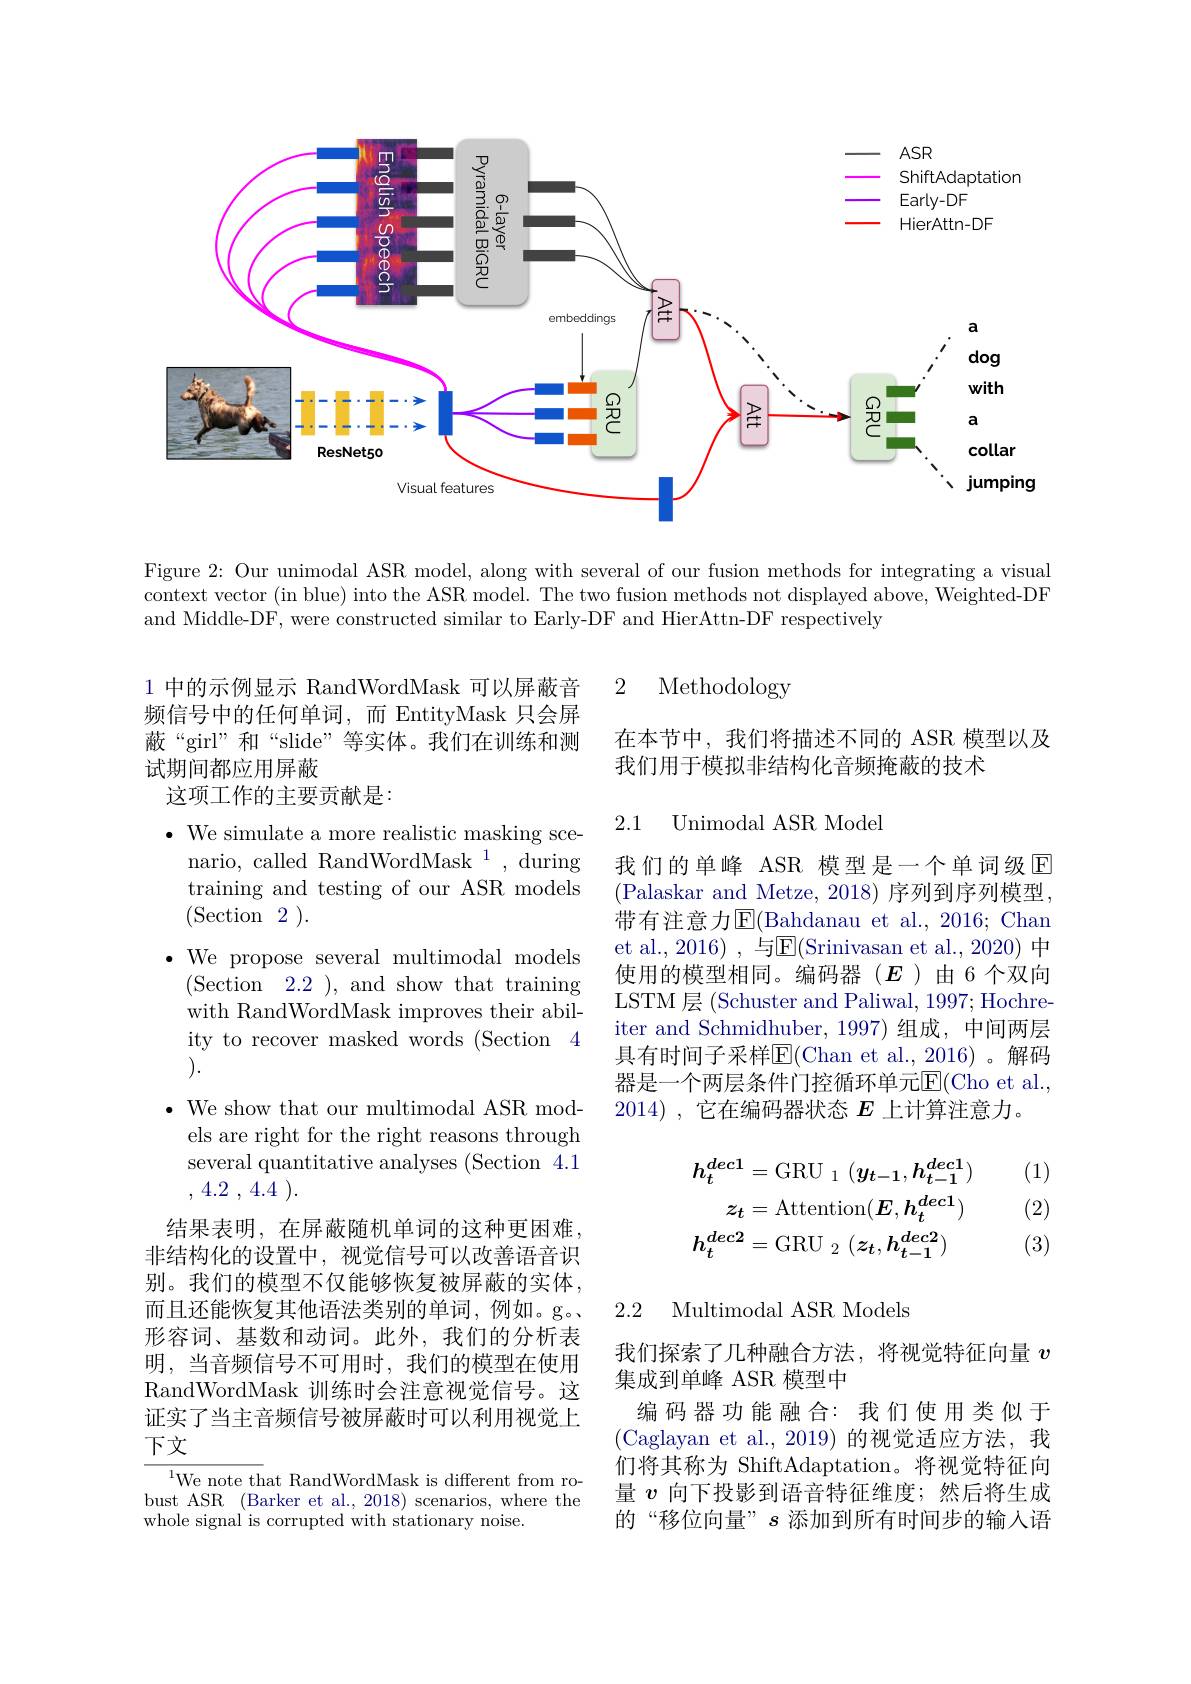
<FigureHere>

Figure 2: Our unimodal ASR model, along with several of our fusion methods for integrating a visual context vector (in blue) into the ASR model. The two fusion methods not displayed above, Weighted-DF and Middle-DF, were constructed similar to Early-DF and HierAttn-DF respectively

Methodology

2

在本节中，我们将描述不同的 ASR 模型以及
我们用于模拟非结构化音频掩蔽的技术

## 2.1 Unimodal ASR Mode

我们的单峰 ASR 模型是一个单词级回(Palaskar and Metze, 2018) 序列到序列模型， 带有注意力$\operatorname{E}($Bahdanau et al., 2016; Chan et al., 2016) , 与$\overline{\mathrm{E}}($Srinivasan et al., 2020) 中使用的模型相同。编码器($E$)由6个双向LSTM 层 (Schuster and Paliwal, 1997; Hochreiter and Schmidhuber, 1997) 组成，中间两层具有时间子采样E$( Chan et al. , 2016) 。解 码$ 器是一个两层条件门控循环单元$\overline{\mathrm{E}}($Cho et al. 2014), 它在编码器状态$E$上计算注意力。

1 中的示例显示 RandWordMask 可以屏蔽音频信号中的任何单词，而 EntityMask 只会屏蔽“girl”和“slide”等实体。我们在训练和测试期间都应用屏蔽
这项工作的主要贡献是：
$\bullet$ We simulate a more realistic masking scenario, called RandWordMask $^1$, during training and testing of our ASR models (Section2).
$\bullet$ We propose several multimodal models
(Section 2.2),and show that training with RandWordMask improves their ability to recover masked words (Section 4 ).
$\bullet$ We show that our multimodal ASR mod-
els are right for the right reasons through several quantitative analyses (Section 4.1 , 4.2 , 4.4 ).
结果表明，在屏蔽随机单词的这种更困难， 非结构化的设置中，视觉信号可以改善语音识别。我们的模型不仅能够恢复被屏蔽的实体， 而且还能恢复其他语法类别的单词，例如。g。形容词、基数和动词。此外，我们的分析表明，当音频信号不可用时，我们的模型在使用RandWordMask 训练时会注意视觉信号。这证实了当主音频信号被屏蔽时可以利用视觉上下文
$^{1}$We note that RandWordMask is different from ro-

bust ASR (Barker et al., 2018) scenarios, where the
whole signal is corrupted with stationary noise.

(1)

(2)
$$h_{t}^{dec1}=\mathrm{GRU}_{1}\:(y_{t-1},h_{t-1}^{dec1})\\z_{t}=\mathrm{Attention}(E,h_{t}^{dec1})\\h_{t}^{dec2}=\mathrm{GRU}_{2}\:(z_{t},h_{t-1}^{dec2})$$
(3)

2.2 Multimodal ASR Models

我们探索了几种融合方法，将视觉特征向量$v$
集成到单峰 ASR 模型中
编码器功能融合：我们使用类似于(Caglayan et al.,2019)的视觉适应方法，我们将其称为 ShiftAdaptation。将视觉特征向量$v$向下投影到语音特征维度；然后将生成的“移位向量”$s$添加到所有时间步的输入语